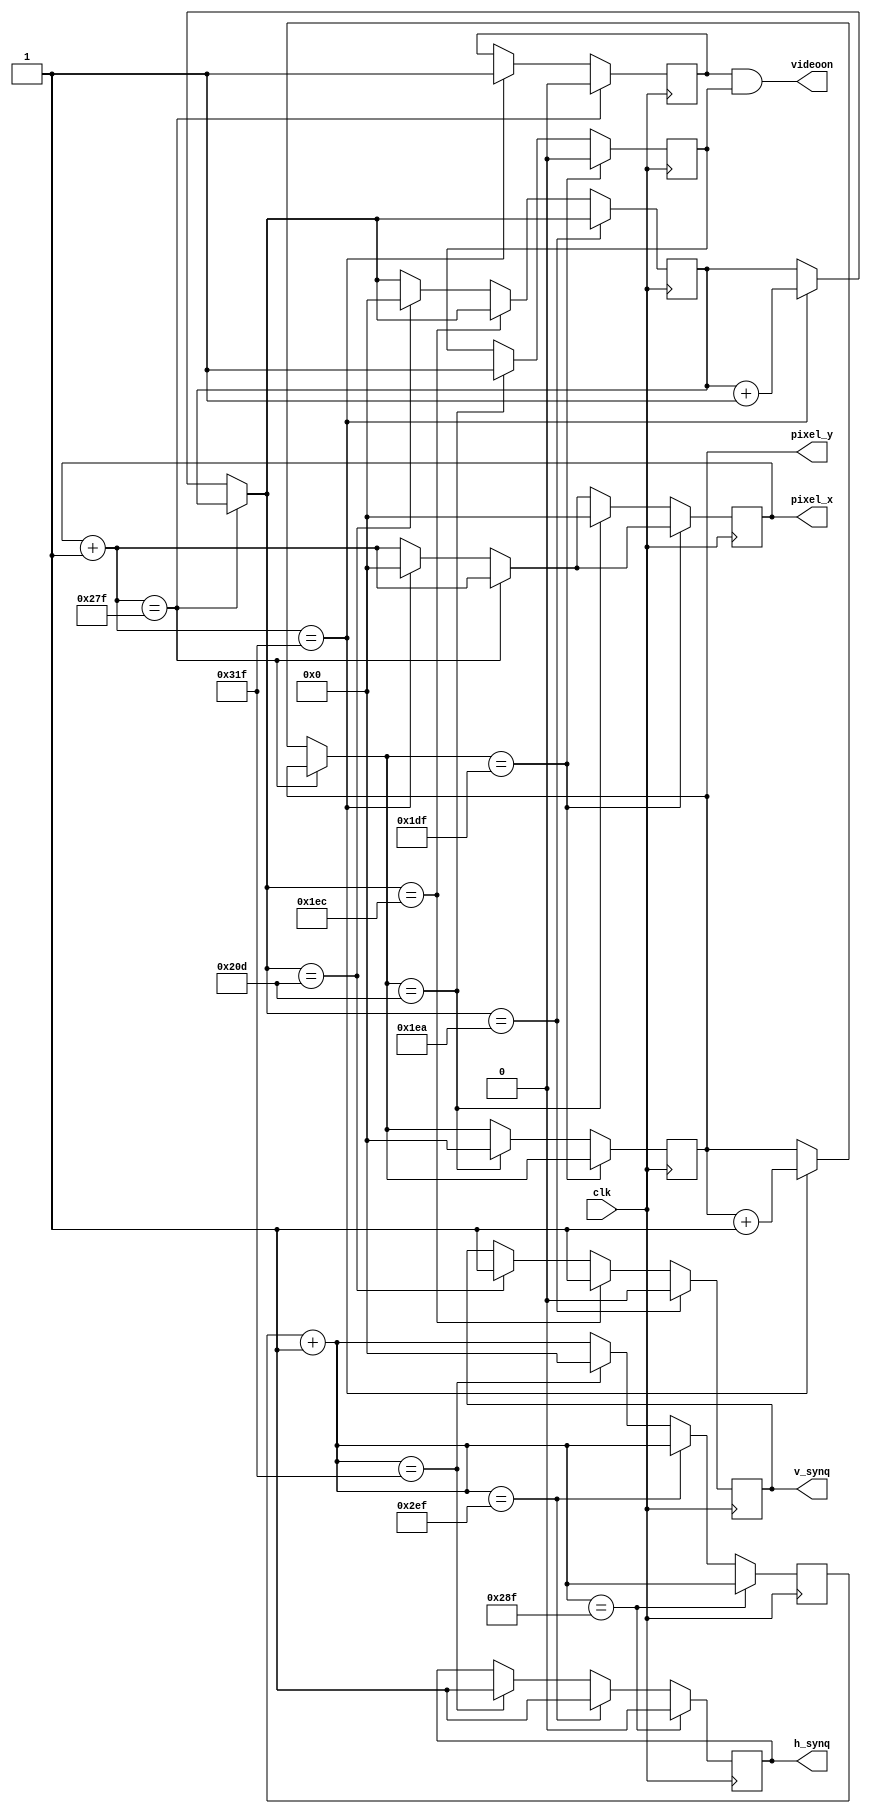
`timescale 1ns / 1ps
//////////////////////////////////////////////////////////////////////////////////
// Company: 
// Engineer: 
// 
// Design Name: 
// Module Name:    vga 
// Project Name: 
// Target Devices: 
// Tool versions: 
// Description: 
//
// Dependencies: 
//
// Revision: 
// Revision 0.01 - File Created
// Additional Comments: 
//
//////////////////////////////////////////////////////////////////////////////////
module VGA(input clk,output reg [10:0]pixel_x, output reg [10:0]pixel_y, output videoon, output reg h_synq, output reg v_synq
    );
parameter 	 // parameters of horizontal 
	h_display = 639 ,
	r_border = 16,
	l_border = 48,
	h_retrace = 96 // or sync pulse
; 
// 640 + 16 + 48 + 96 = 800	

parameter 	// parameters of vertical
	v_display = 479,
	b_border = 11,
	t_border = 33,
	v_retrace = 2
;  
reg [10:0]cnt1=0;
reg [10:0]cnt2=0;
reg h_videoon=1;
reg v_videoon=1;
initial 
	begin
		pixel_x=0;
		pixel_y=0;
		h_synq=1;
		v_synq=1;
		
	end
always@(posedge clk)
	begin
		pixel_x = pixel_x +1;
		if (pixel_x==h_display)
			h_videoon = 0;
		else if (pixel_x==(h_display+r_border+l_border+h_retrace))
			begin
				h_videoon = 1;
				pixel_y = pixel_y+1;
				cnt2 = cnt2+1;
				pixel_x = 0;
			end	
		cnt1 = cnt1+1;				
		if (cnt1==(h_display+r_border))
			h_synq = 0;
		else if (cnt1==(h_display+r_border+h_retrace))
			begin
				h_synq = 1;
			end
		else if (cnt1==(h_display+r_border+l_border+h_retrace))
			begin
				h_synq =1;
				cnt1=0;
			end			
		if (pixel_y==v_display)
			v_videoon = 0;
		else if (pixel_y==(v_display+b_border+t_border+v_retrace))
			begin
				v_videoon =1;
				pixel_y =0;
				pixel_x =0;
			end
		if (cnt2==(v_display+b_border))
			v_synq =0;
		else if (cnt2==(v_display+b_border+v_retrace))
			begin
				v_synq =1;
			end
		else if (cnt2==(v_display+b_border+t_border+v_retrace))
			begin
				v_synq = 1;
				cnt2 =0;
			end		
	end
and d(videoon,h_videoon,v_videoon);
endmodule